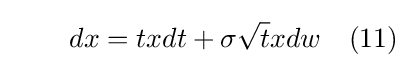
\qquad dx=txdt+\sigma {\sqrt {t}}xdw\quad (11)